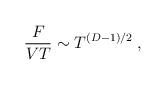
LaTeX: \begin{align*}{F\over VT} \sim T^{(D-1)/2} \; ,\end{align*}